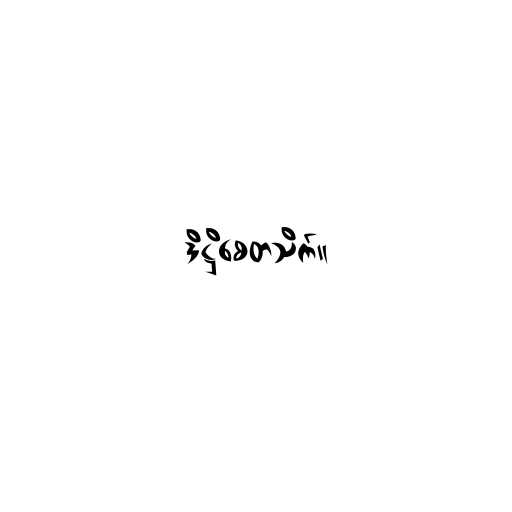
ဒိဋ္ဌိစေတသိက်။